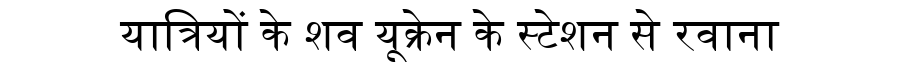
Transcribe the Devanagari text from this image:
यात्रियों के शव यूक्रेन के स्टेशन से रवाना